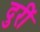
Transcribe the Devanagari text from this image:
दुरीं